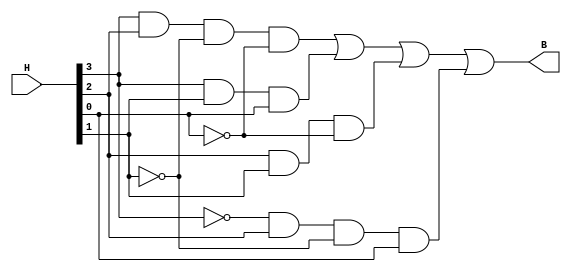
// Copyright (C) 2018  Intel Corporation. All rights reserved.
// Your use of Intel Corporation's design tools, logic functions 
// and other software and tools, and its AMPP partner logic 
// functions, and any output files from any of the foregoing 
// (including device programming or simulation files), and any 
// associated documentation or information are expressly subject 
// to the terms and conditions of the Intel Program License 
// Subscription Agreement, the Intel Quartus Prime License Agreement,
// the Intel FPGA IP License Agreement, or other applicable license
// agreement, including, without limitation, that your use is for
// the sole purpose of programming logic devices manufactured by
// Intel and sold by Intel or its authorized distributors.  Please
// refer to the applicable agreement for further details.

// PROGRAM		"Quartus Prime"
// VERSION		"Version 18.1.0 Build 625 09/12/2018 SJ Lite Edition"
// CREATED		"Thu Apr 14 11:59:49 2022"

module B_Logic(
	H,
	B
);


input wire	[3:0] H;
output wire	B;

wire	SYNTHESIZED_WIRE_9;
wire	SYNTHESIZED_WIRE_10;
wire	SYNTHESIZED_WIRE_2;
wire	SYNTHESIZED_WIRE_5;
wire	SYNTHESIZED_WIRE_6;
wire	SYNTHESIZED_WIRE_7;
wire	SYNTHESIZED_WIRE_8;




assign	SYNTHESIZED_WIRE_5 = H[3] & H[2] & SYNTHESIZED_WIRE_9 & SYNTHESIZED_WIRE_10;

assign	SYNTHESIZED_WIRE_8 = SYNTHESIZED_WIRE_2 & H[2] & SYNTHESIZED_WIRE_9 & H[0];

assign	SYNTHESIZED_WIRE_6 = H[3] & H[1] & H[0];

assign	SYNTHESIZED_WIRE_7 = H[2] & H[1] & SYNTHESIZED_WIRE_10;

assign	B = SYNTHESIZED_WIRE_5 | SYNTHESIZED_WIRE_6 | SYNTHESIZED_WIRE_7 | SYNTHESIZED_WIRE_8;

assign	SYNTHESIZED_WIRE_2 =  ~H[3];

assign	SYNTHESIZED_WIRE_10 =  ~H[0];

assign	SYNTHESIZED_WIRE_9 =  ~H[1];


endmodule